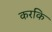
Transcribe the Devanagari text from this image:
करकि